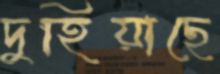
দুহিয়াছে